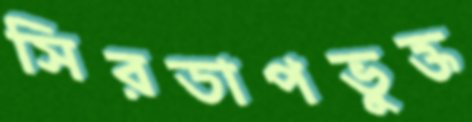
সিরডাপভুক্ত